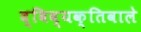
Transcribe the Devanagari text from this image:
द्विव्यक्तिवाले